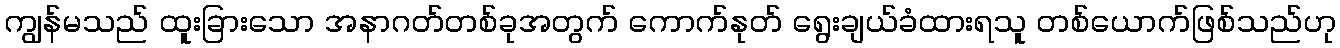
ကျွန်မသည် ထူးခြားသော အနာဂတ်တစ်ခုအတွက် ကောက်နုတ် ရွေးချယ်ခံထားရသူ တစ်ယောက်ဖြစ်သည်ဟု